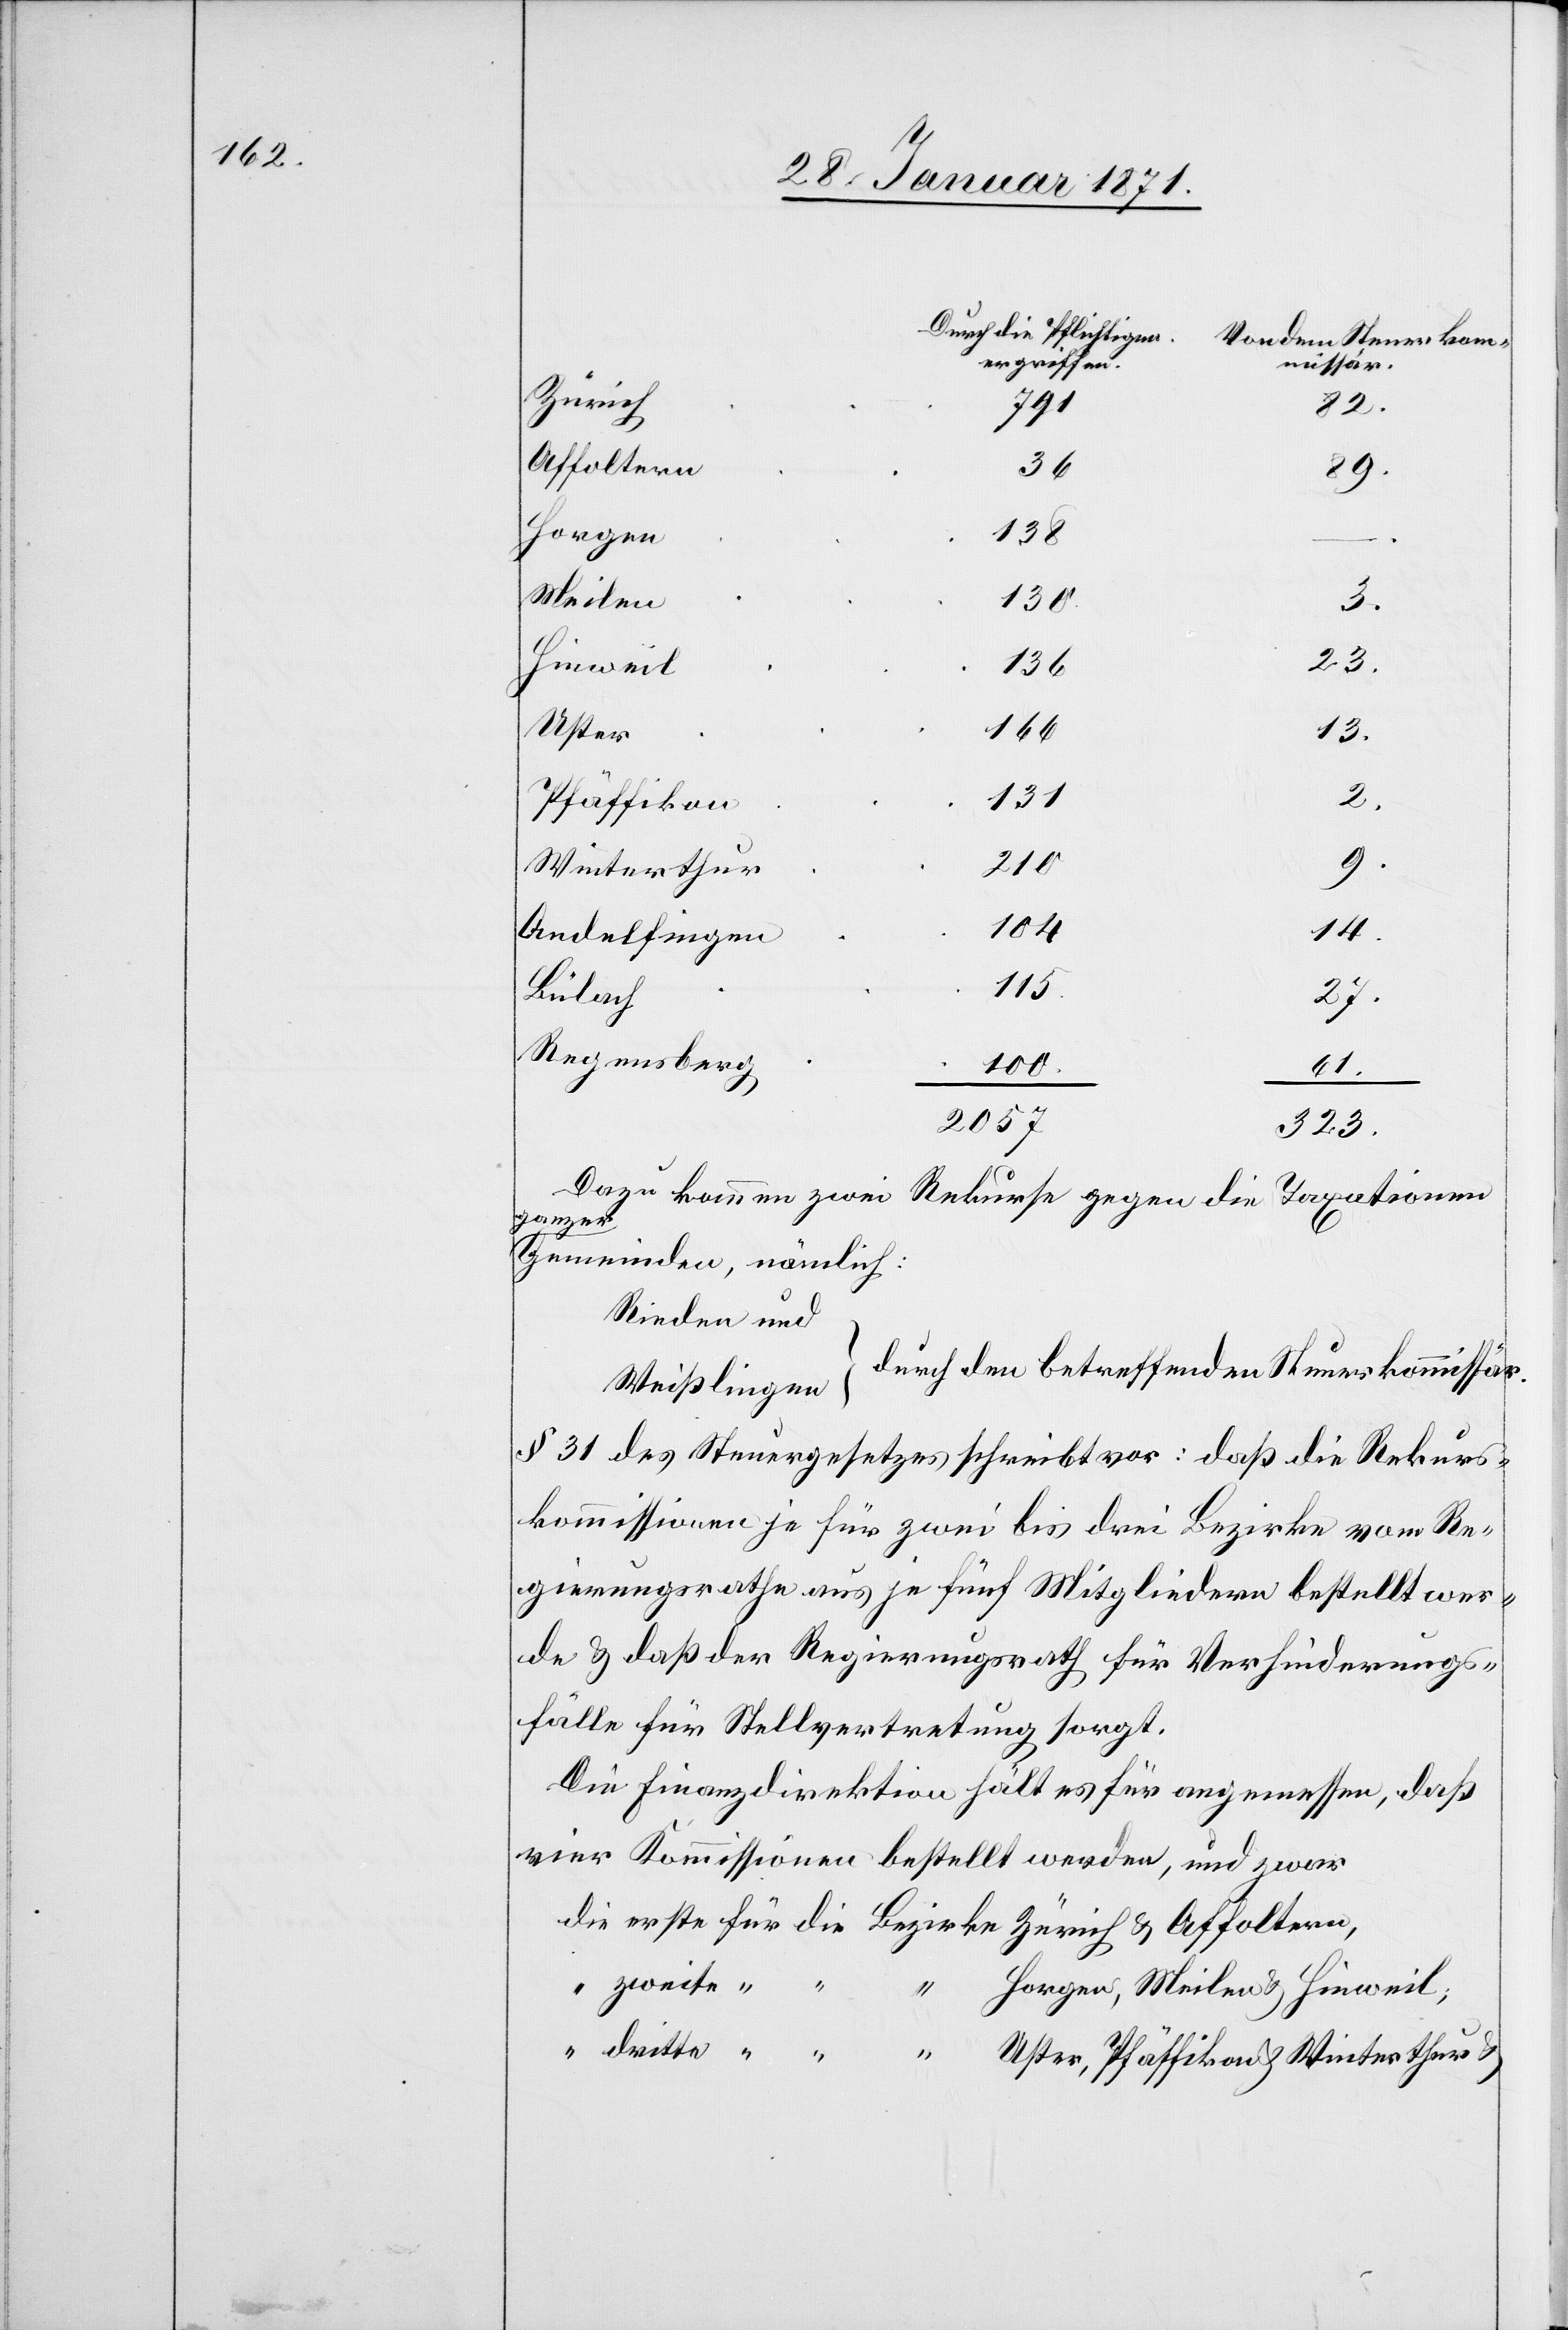
Durch die Pflichtigen
Von dem Steuerkom-
ergriffen.
missar.
Zürich
791
u.
Affoltern,
89.
36
Horgen,
138
Meilen
130
u.
23.
Hinweil;
166
Uster,
13.
u.
131
Pfäffikon
210
u.
Winterthur
104
14.
Andelfingen
115.
Bülach
27.
Regensberg
100.
61.
2057
323.
Dazu kommen zwei Rekurse gegen die Taxationen
ganzer
Gemeinden, nämlich:
Rieden und
durch den betreffenden Steuerkommissar.
Weißlingen
§ 31 des Steuergesetzes schreibt vor: daß die Rekurs¬
kommissionen je für zwei bis drei Bezirke vom Re¬
gierungsrathe aus je fünf Mitgliedern bestellt wer¬
den u. daß der Regierungsrath für Verhinderungs¬
fälle für Stellvertretung sorgt.
Die Finanzdirektion hält es für angemessen, daß
vier Kommissionen bestellt werden, und zwar